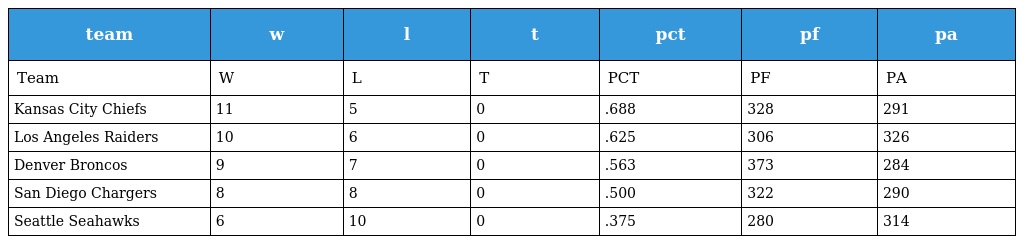
| team | w | l | t | pct | pf | pa |
 | --- | --- | --- | --- | --- | --- | --- |
 | Team | W | L | T | PCT | PF | PA |
 | Kansas City Chiefs | 11 | 5 | 0 | .688 | 328 | 291 |
 | Los Angeles Raiders | 10 | 6 | 0 | .625 | 306 | 326 |
 | Denver Broncos | 9 | 7 | 0 | .563 | 373 | 284 |
 | San Diego Chargers | 8 | 8 | 0 | .500 | 322 | 290 |
 | Seattle Seahawks | 6 | 10 | 0 | .375 | 280 | 314 |